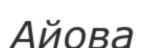
Айова